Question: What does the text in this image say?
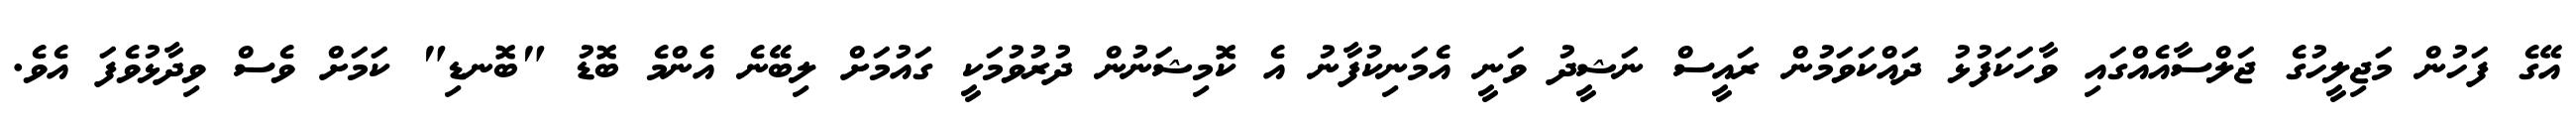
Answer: އޭގެ ފަހުން މަޖިލީހުގެ ޖަލްސާއެއްގައި ވާހަކަފުޅު ދައްކަވަމުން ރައީސް ނަޝީދު ވަނީ އެމަނިކުފާނު އެ ކޮމިޝަނުން ދުރުވުމަކީ ގައުމަށް ލިބޭނެ އެންމެ ބޮޑު "ބޮނޑި" ކަމަށް ވެސް ވިދާޅުވެފަ އެވެ.